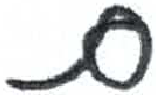
אות: ם